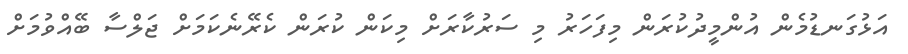
އަޅުގަނޑުމެން އުންމީދުކުރަން މިފަހަރު މި ސަރުކާރަށް މިކަން ކުރަން ކެރޭނެކަމަށް ޖަލްސާ ބޭއްވުމަށް